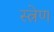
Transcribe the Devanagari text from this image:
स्त्रेण